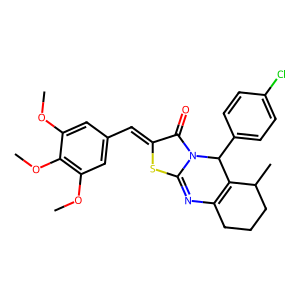
SMILES: COc1cc(C=c2sc3n(c2=O)C(c2ccc(Cl)cc2)C2=C(CCCC2C)N=3)cc(OC)c1OC
Inhibits HIV replication: No